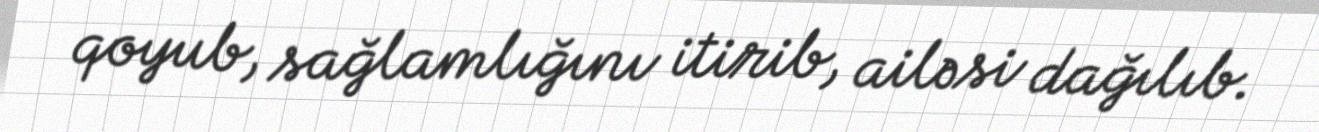
qoyub, sağlamlığını itirib, ailəsi dağılıb.